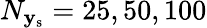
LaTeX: N_{\mathbf{y}_{\mathrm{s}}}=25,50,100